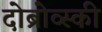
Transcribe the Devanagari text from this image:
दोब्रोव्स्की